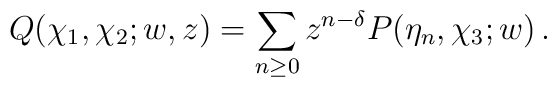
Q(\chi_1,\chi_2;w,z)=\sum_{n\geq 0}z^{n-\delta}P(\eta_n,\chi_3;w)\,.